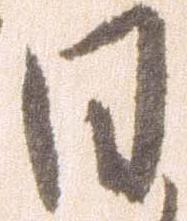
日